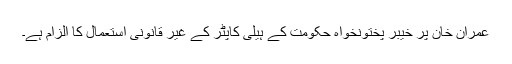
عمران خان پر خیبر پختونخواہ حکومت کے ہیلی کاپٹر کے غیر قانونی استعمال کا الزام ہے۔